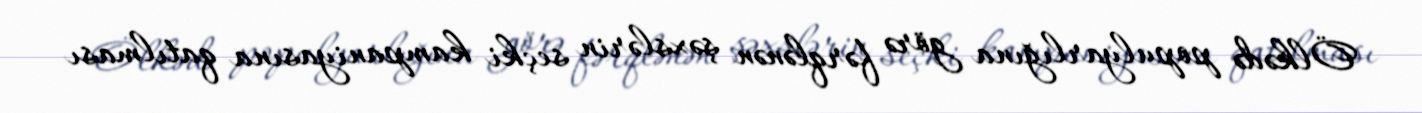
Ölkədə populyarlığına görə fərqlənən şəxslərin seçki kampaniyasına qatılması